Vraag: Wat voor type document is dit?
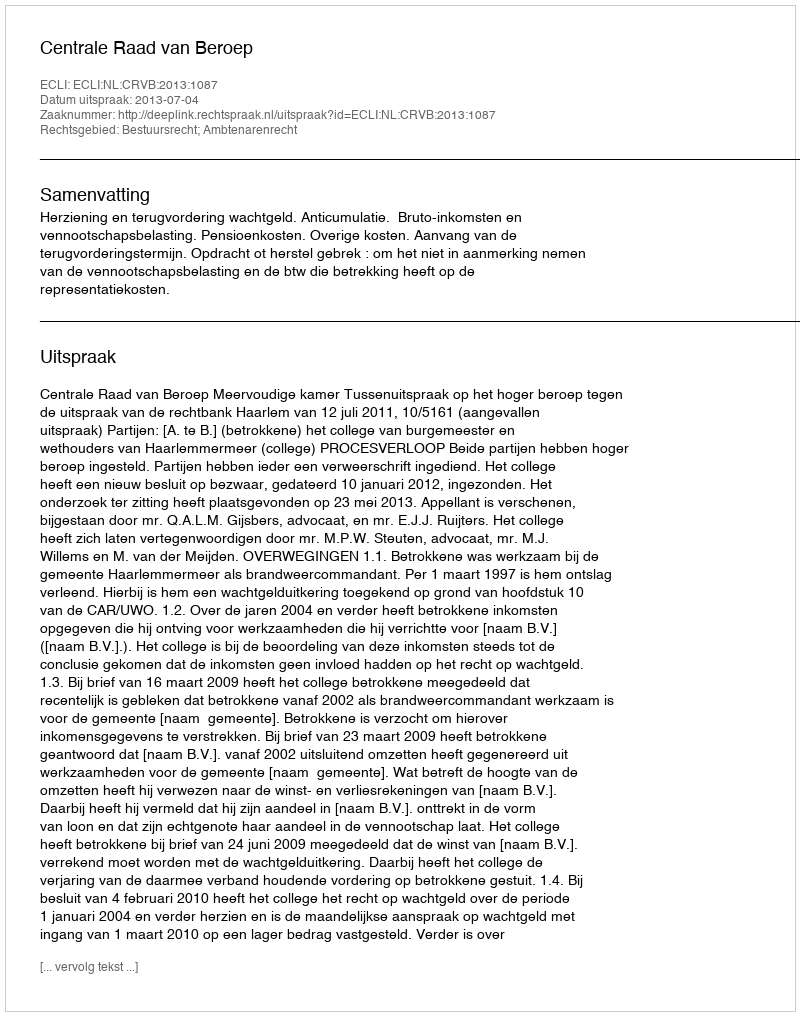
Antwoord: Uitspraak